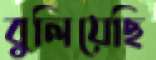
বুলিয়েছি